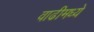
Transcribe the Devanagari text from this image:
वाढीमध्ये